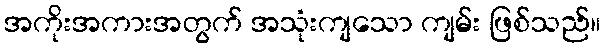
အကိုးအကားအတွက် အသုံးကျသော ကျမ်း ဖြစ်သည်။